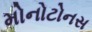
મોનોટોનસ